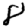
Digit: 8